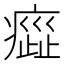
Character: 𤹻